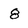
Character: 8